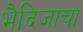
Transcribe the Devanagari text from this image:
भैदिजाचा